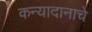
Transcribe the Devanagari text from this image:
कन्यादानाचे